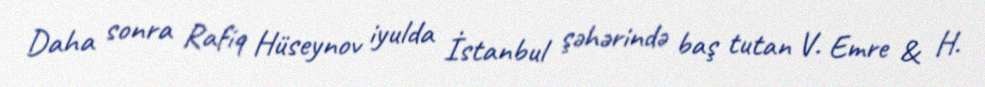
Daha sonra Rafiq Hüseynov iyulda İstanbul şəhərində baş tutan V. Emre & H.